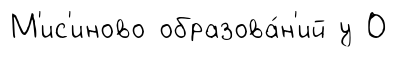
М'ис'иново образова́н'ий у О